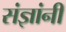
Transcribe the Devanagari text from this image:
संज्ञांनी